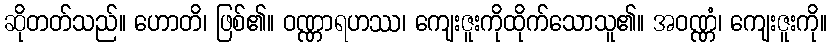
ဆိုတတ်သည်။ ဟောတိ၊ ဖြစ်၏။ ဝဏ္ဏာရဟဿ၊ ကျေးဇူးကိုထိုက်သောသူ၏။ အဝဏ္ဏံ၊ ကျေးဇူးကို။